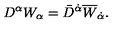
D ^ { \alpha } W _ { \alpha } = \bar { D } ^ { \dot { \alpha } } \overline { W } _ { \dot { \alpha } } .